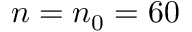
n = n _ { 0 } = 6 0